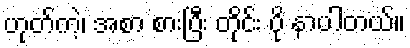
ဟုတ်ကဲ့၊ အစာ စားပြီး တိုင်း ပို နာပါတယ်။